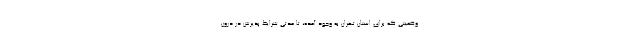
وضعیتی که برای استان تهران به وجود آمده، تا مدتی شرایط پذیرش در درون